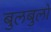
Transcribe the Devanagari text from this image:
बुलबुलो